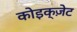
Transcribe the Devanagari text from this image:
कोइक्ज़ेट